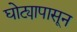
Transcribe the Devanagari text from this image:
घोट्यापासून